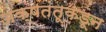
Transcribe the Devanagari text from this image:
अक्षतंतूकडून